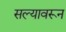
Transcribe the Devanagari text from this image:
सल्यावरून